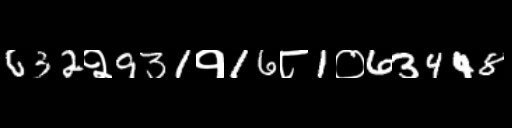
Text: 632२931१16८1०63448